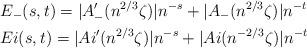
LaTeX: \begin{gather*} E_-(s,t)=|A_-'(n^{2/3}\zeta)|n^{-s}+|A_-(n^{2/3}\zeta)|n^{-t}\\Ei(s,t)=|Ai'(n^{2/3}\zeta)|n^{-s}+|Ai(n^{-2/3}\zeta)|n^{-t}\end{gather*}